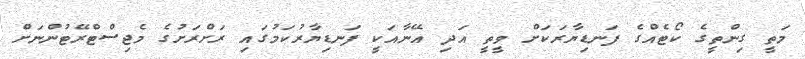
މަތީ ގިންތީގެ ކޯޓެއްގެ ފަނޑިޔާރަކަށް ވީތީ އަދި އޭނާއަކީ ފަނޑިޔާރުކަމުގައި ރަށްރަށުގެ މެޖިސްޓްރޭޓުންނަށް